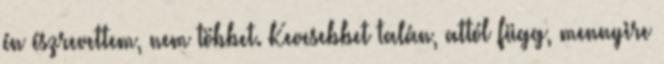
én észrevettem, nem többet. Kevesebbet talán, attól függ, mennyire